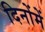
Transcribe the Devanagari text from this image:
दिनोंमें